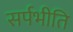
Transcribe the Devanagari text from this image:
सर्पभीति